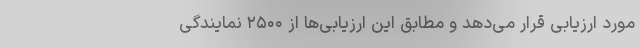
مورد ارزیابی قرار می‌دهد و مطابق این ارزیابی‌ها از ۲۵۰۰ نمایندگی